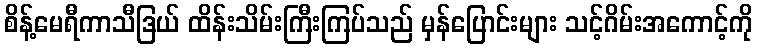
စိန့်မေရီကာသီဒြယ် ထိန်းသိမ်းကြီးကြပ်သည် မှန်ပြောင်းများ သင့်ဂိမ်းအကောင့်ကို